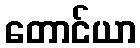
တောင်ယာ